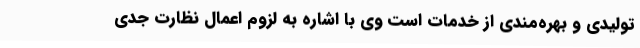
تولیدی و بهره‌مندی از خدمات است وی با اشاره به لزوم اعمال نظارت جدی